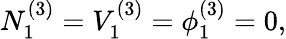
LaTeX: N_{1}^{(3)}=V_{1}^{(3)}=\phi_{1}^{(3)}=0,